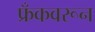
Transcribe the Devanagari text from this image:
फ्रँकवरून